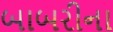
બાબરીના